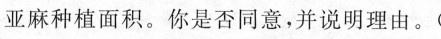
亚麻种植面积。你是否同意，并说明理由。(6分)